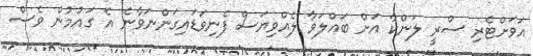
އަވަށްޓެރި ސްރީ ލަންކާ އަށް ބައްލަވާ ލެއްވިޔަސް ފެނިވަޑައިގަންނަވާނެ އެ ގައުމުން ވެސް